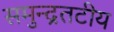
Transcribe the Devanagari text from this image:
समुन्द्रतटीय